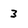
Character: 3